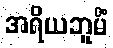
အရိယဘူမိံ